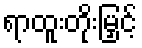
ရာထူးတိုးမြှင့်